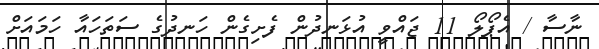
ނާސާ / އެޕޯލޯ 11 ޖައްވީ އުޅަނދުން ފެށިގެން ހަނދުގެ ސަތަހައާ ހަމައަށް